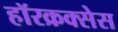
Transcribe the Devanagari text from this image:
हॉरक्रक्सेस